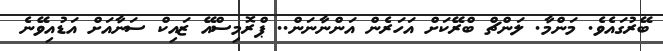
ބޭރުގައެވެ. މަންމާ. ލަންޗް ބްރޭކަށް އަހަރެން އަންނާނަން.. ޕްރޮމިސްއޭ ޒައިކް ސަނާއަށް އަޑުއިވޭނެ